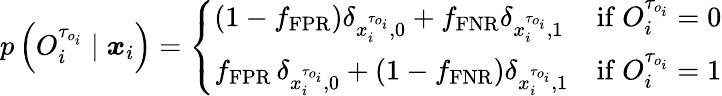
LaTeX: p\left(O_{i}^{\tau_{o_{i}}}\mid\boldsymbol{x}_{i}\right)=\left\{ \begin{array}{ll}{\left(1-f_{\mathrm{FPR}}\right)\delta_{x_{i}^{\tau_{o_{i}}},0}+f_{\mathrm{FNR}}\delta_{x_{i}^{\tau_{o_{i}}},1}}&{\mathrm{if~}O_{i}^{\tau_{o_{i}}}=0}\\ {f_{\mathrm{FPR}}\, \delta_{x_{i}^{\tau_{o_{i}}},0}+\left(1-f_{\mathrm{FNR}}\right)\delta_{x_{i}^{\tau_{o_{i}}},1}}&{\mathrm{if~}O_{i}^{\tau_{o_{i}}}=1}\end{array}\right.